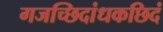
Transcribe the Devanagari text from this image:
गजच्छिदांधकछिदं